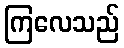
ကြလေသည်